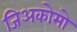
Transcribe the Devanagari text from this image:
जिअकोमो